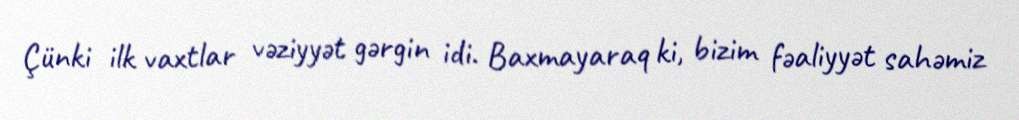
Çünki ilk vaxtlar vəziyyət gərgin idi. Baxmayaraq ki, bizim fəaliyyət sahəmiz